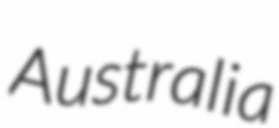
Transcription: Australia